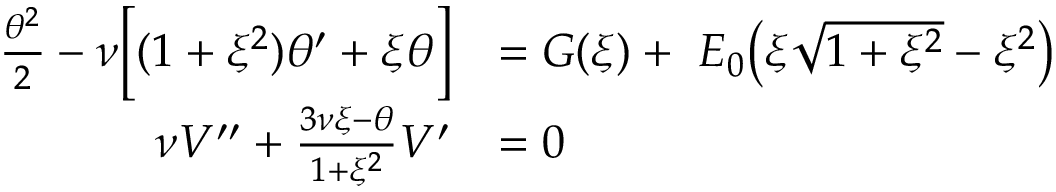
\begin{array} { r l } { \frac { \theta ^ { 2 } } { 2 } - \nu \bigg [ ( 1 + \xi ^ { 2 } ) \theta ^ { \prime } + \xi \theta \bigg ] } & { = G ( \xi ) + \, \, { E _ { 0 } } \big ( \xi \sqrt { 1 + \xi ^ { 2 } } - \xi ^ { 2 } \big ) } \\ { \nu V ^ { \prime \prime } + \frac { 3 \nu \xi - \theta } { 1 + \xi ^ { 2 } } V ^ { \prime } } & { = 0 } \end{array}